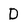
Character: D